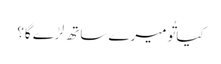
کیا تُو میرے ساتھ لڑے گا؟